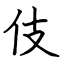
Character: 伎